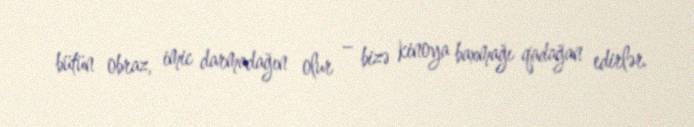
bütün obraz, imic darmadağın olur – bizə kinoya baxmağı qadağan edirlər.